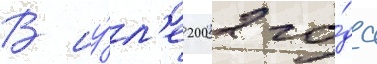
В иу́л'е 2002 го́да